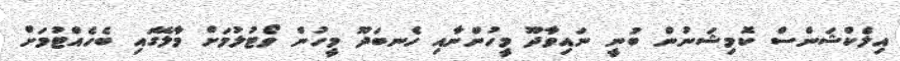
އިލެކްޝަންސް ކޮމިޝަނުން ބުނީ ނައިވާދޫ މީހުންނާއި ހެނބަދޫ މީހުން ވޯޓުލުމަށް މާލޭގައި ބެހެއްޓުމަށް